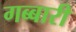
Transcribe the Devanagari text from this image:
गब्बारी